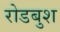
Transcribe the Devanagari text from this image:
रोडबुश